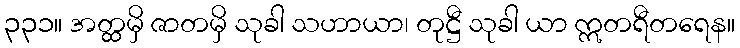
၃၃၁။ အတ္ထမှိ ဇာတမှိ သုခါ သဟာယာ၊ တုဋ္ဌီ သုခါ ယာ ဣတရီတရေန။